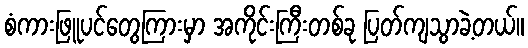
စံကားဖြူပင်တွေကြားမှာ အကိုင်းကြီးတစ်ခု ပြတ်ကျသွာခဲ့တယ်။